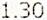
1.30